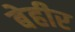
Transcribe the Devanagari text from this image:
बेहीर